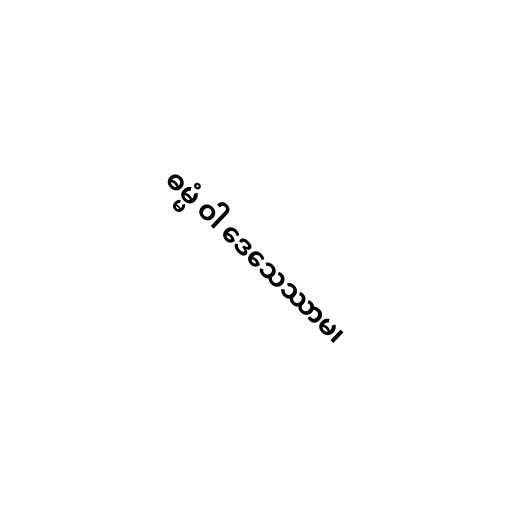
ဓမ္မံ ဝါ ဒေသေဿာမ၊